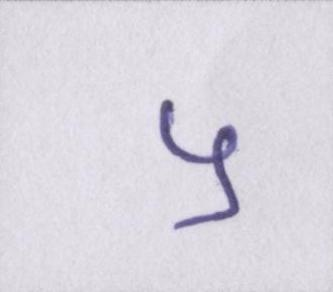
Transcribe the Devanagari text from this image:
५